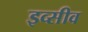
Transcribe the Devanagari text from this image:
इव्सीव